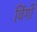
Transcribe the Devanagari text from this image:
विंगों